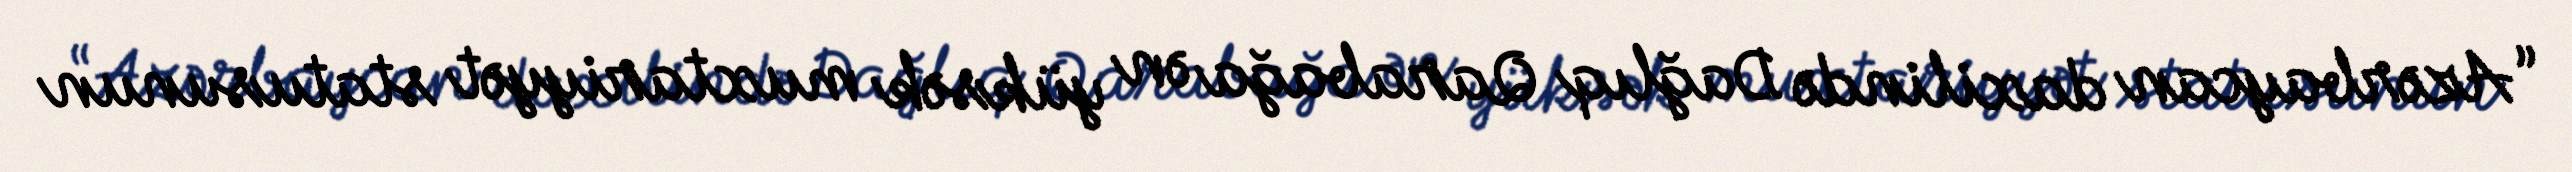
“Azərbaycan daxilində Dağlıq Qarabağa ən yüksək muxtariyyət statusunun